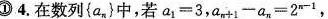
①4.在数列{a_{n} }中，若$$a_{1} = 3$$，$$a_{m+1} - a_{π} = 2^{n-1}$$，